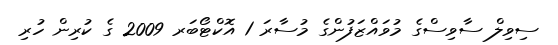
ސިވިލް ސާވިސްގެ މުވައްޒަފުންގެ މުސާރަ 1 އޮކްޓޯބަރ 2009 ގެ ކުރިން ހުރި